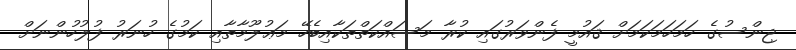
ޖިންސުގެ ހަމަހަމަކަމަށް ޤައުމީ ފެންވަރުގައި ކުރާ މަސައްކަތްތަކާއިބެހޭ މަޢުލޫމާތާއި ކަމުގެ ހުނަރު ފުލުހުންނަށް